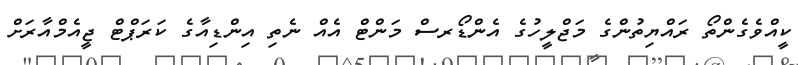
ކީއްވެގެންތޯ ރައްޔިތުންގެ މަޖްލީހުގެ އެންޑޯރސް މަންޓް އެއް ނެތި އިންޑިއާގެ ކަރަޕްޓް ޖީއެމްއާރަށް